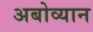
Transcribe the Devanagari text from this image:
अबोव्यान